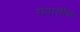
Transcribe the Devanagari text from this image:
गयासीस